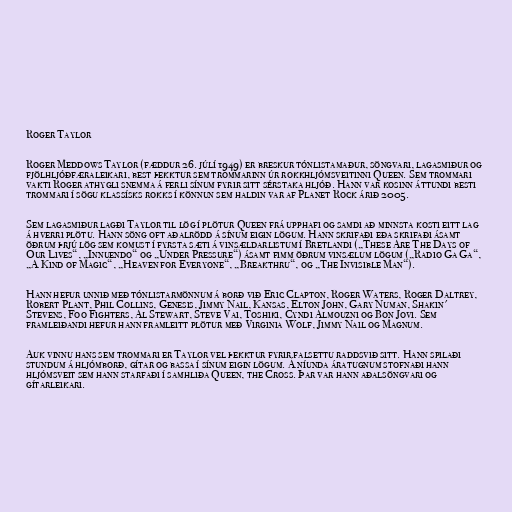
Roger Taylor

Roger Meddows Taylor (fæddur 26. júlí 1949) er breskur tónlistamaður, söngvari, lagasmiður og
fjölhljóðfæraleikari, best þekktur sem trommarinn úr rokkhljómsveitinni Queen. Sem trommari
vakti Roger athygli snemma á ferli sínum fyrir sitt sérstaka hljóð. Hann var kosinn áttundi besti
trommari í sögu klassísks rokks í könnun sem haldin var af Planet Rock árið 2005.

Sem lagasmiður lagði Taylor til lög í plötur Queen frá upphafi og samdi að minnsta kosti eitt lag
á hverri plötu. Hann söng oft aðalrödd á sínum eigin lögum. Hann skrifaði eða skrifaði ásamt
öðrum þrjú lög sem komust í fyrsta sæti á vinsældarlistum í Bretlandi („These Are The Days of
Our Lives“, „Innuendo“ og „Under Pressure“) ásamt fimm öðrum vinsælum lögum („Radio Ga Ga“,
„A Kind of Magic“, „Heaven for Everyone“, „Breakthru“, og „The Invisible Man“).

Hann hefur unnið með tónlistarmönnum á borð við Eric Clapton, Roger Waters, Roger Daltrey,
Robert Plant, Phil Collins, Genesis, Jimmy Nail, Kansas, Elton John, Gary Numan, Shakin'
Stevens, Foo Fighters, Al Stewart, Steve Vai, Toshiki, Cyndi Almouzni og Bon Jovi. Sem
framleiðandi hefur hann framleitt plötur með Virginia Wolf, Jimmy Nail og Magnum.

Auk vinnu hans sem trommari er Taylor vel þekktur fyrir falsettu raddsvið sitt. Hann spilaði
stundum á hljómborð, gítar og bassa í sínum eigin lögum. Á níunda áratugnum stofnaði hann
hljómsveit sem hann starfaði í samhliða Queen, the Cross. Þar var hann aðalsöngvari og
gítarleikari.